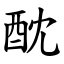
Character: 酖